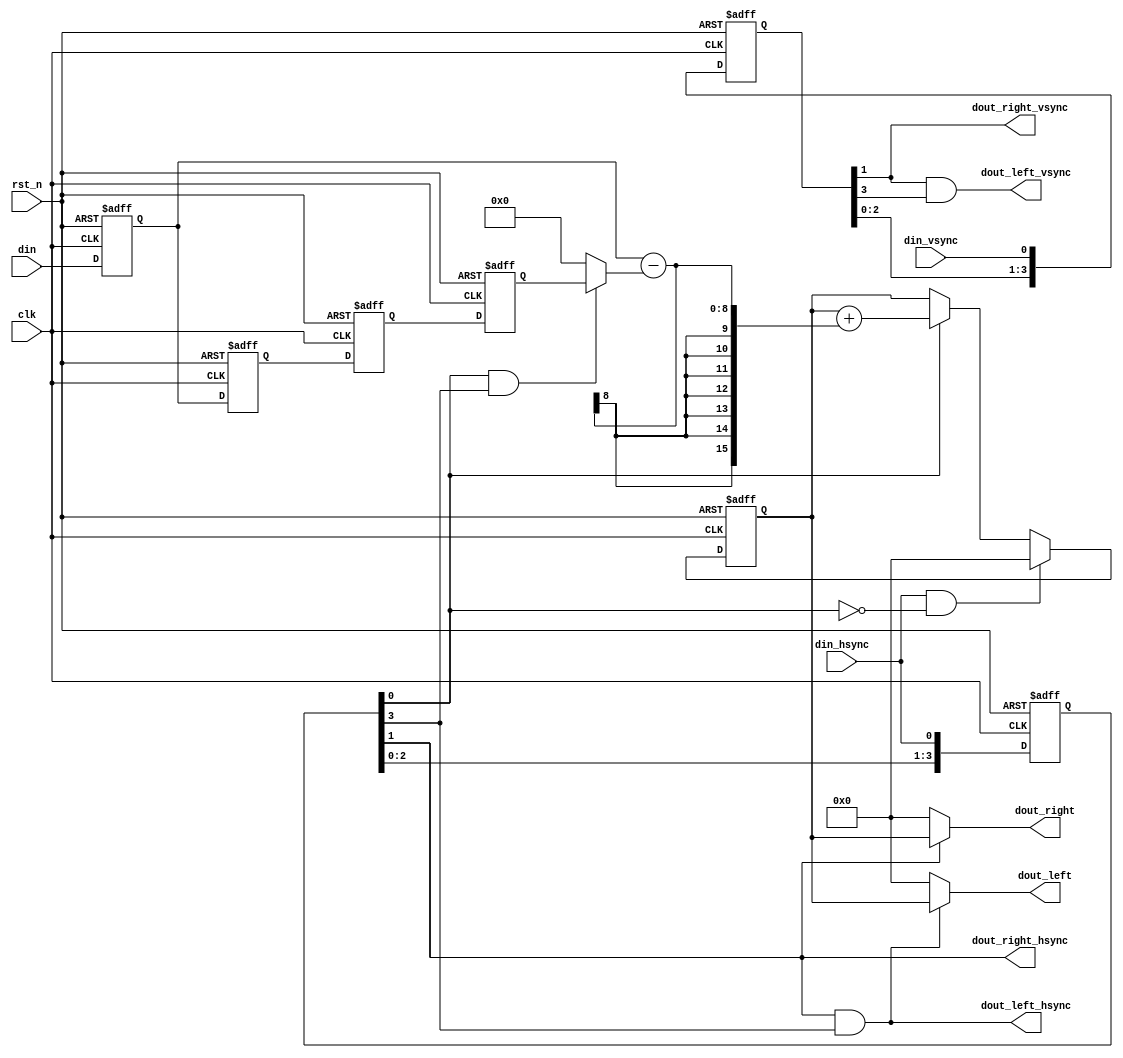
/*


*/
module sum_1donmensional(
	// 
	clk					,	// clock
	rst_n				,	// reset
	
	// 
	din_vsync			,	// 
	din_hsync			,	// 
	din					,	//   
	
	// 
	dout_right_vsync	,	// 
	dout_right_hsync	,	// 
	dout_right			, 	//   
	dout_left_vsync		,	// 
	dout_left_hsync		,	// 
	dout_left				//   
	);
	
	
	// **********************************************************************************
	parameter	KSZ		=	'd3	;	// kernel size
	parameter	DW		=	'd8	;	// 
	// ******************************************************************************************
	
	
	// **********************************************************************************
	// 
	input						clk					;	// clock
	input						rst_n				;	// reset
	
	// 
	input						din_vsync			;	// 
	input						din_hsync			;	// 
	input		[DW-1:0]		din					;	//   
	
	// 
	output						dout_right_vsync	;	// 
	output						dout_right_hsync	;	// 
	output		[2*DW-1:0]		dout_right			; 	//   
	output						dout_left_vsync		;	// 
	output						dout_left_hsync		;	// 
	output		[2*DW-1:0]		dout_left			; 	//   
	// *******************************************************************************************
	
	
	// *******************************************************************************
	//  KSZ+1
	reg			[KSZ:0]			din_vsync_r_arr		;	//  
	reg			[KSZ:0]			din_hsync_r_arr		;	//  
	reg			[DW-1:0]		din_r_arr[0:KSZ]	;	//  
	
	// for
	integer						i					;	// for
	
	// 
	wire		[2*DW-1:0]		sub_b				;	// 
	//  
	// 
	// 161 - 164 = -32^16-3 = 65536-3 = 65533
	//   = 5
	//   = 5+655335-3 = 2(5+65533)-2^16- = 2
	// 
	wire		[2*DW-1:0]		sub_result			;	// 
	
	// 
	reg			[2*DW-1:0]		sum					;	// 
	// *******************************************************************************************
	
	
	//  KSZ+1  
	always @(posedge clk, negedge rst_n)
	begin
		if(!rst_n)
		begin
			din_vsync_r_arr <= 1'b0;
			din_hsync_r_arr <= 1'b0;
			for(i=0; i<=KSZ; i=i+1)
				din_r_arr[i] <= 1'b0;
		end
		else
		begin
			din_vsync_r_arr <= {din_vsync_r_arr[KSZ-1:0], din_vsync};
			din_hsync_r_arr <= {din_hsync_r_arr[KSZ-1:0], din_hsync};
			din_r_arr[0] <= din;
			for(i=1; i<=KSZ; i=i+1)
				din_r_arr[i] <= din_r_arr[i-1];
		end
	end
	
	
	// 
	//  din_hsync_r_arr[0]  din_hsync_r_arr[KSZ] KSZ
	//  din_r_arr[0] 
	// din_r_arr[KSZ] 
	//   - 
	//            1+2+3
	//                  2+3+4
	//        4-1
	assign	sub_b		=	(din_hsync_r_arr[0]&din_hsync_r_arr[KSZ]) ? din_r_arr[KSZ] : 1'b0; // 
	//  (din_hsync_r_arr[0]&din_hsync_r_arr[KSZ]) ? (din_r_arr[0] - sub_b) : 1'b0  
	assign	sub_result	=	din_r_arr[0] - sub_b; //  = -
	
	
	// 
	always @(posedge clk, negedge rst_n)
	begin
		if(!rst_n)
			sum <= 1'b0;
		else if(din_hsync & ~din_hsync_r_arr[0]) // 0
			sum <= 1'b0;
		else if(din_hsync_r_arr[0]) //  = +
			sum <= sum + sub_result;
	end
	
	
	// 
	//   01...KSZ-2 
	// 
	// 0
	assign	dout_right_vsync	=	din_vsync_r_arr[1]				;
	assign	dout_right_hsync	=	din_hsync_r_arr[1]				;
	assign	dout_right			=	din_hsync_r_arr[1] ? sum : 1'b0	;
	// KSZ = 3
	// din_hsync	:		_|- - - -|_
	// din			:	  0 0 1 2 3 4
	// *	:	  * * *
	//					    * * *
	//					      * * *
	//					        * * *
	// dout_right_hsync	:	_ _|- - - -|_
	// dout_right		:	0 0 1 3 6 9
	
	
	// 
	// 
	assign	dout_left_vsync	=	din_vsync_r_arr[1] & din_vsync_r_arr[KSZ]				;
	assign	dout_left_hsync	=	din_hsync_r_arr[1] & din_hsync_r_arr[KSZ]				;	
	assign	dout_left		=	(din_hsync_r_arr[1]&din_hsync_r_arr[KSZ]) ? sum :1'b0	;
	// KSZ = 3
	// din_hsync	:		_|- - - -|_
	// din			:	      1 2 3 4
	// *	:		  * * *
	//					        * * *
	// dout_left_hsync	:	    _ _|- -|_
	// dout_left		:		    6 9
	
	
endmodule